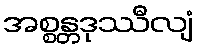
အစ္စန္တဒုဿီလျံ